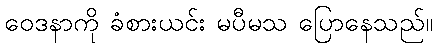
ဝေဒနာကို ခံစားယင်း မပီမသ ပြောနေသည်။